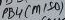
Text: PB4